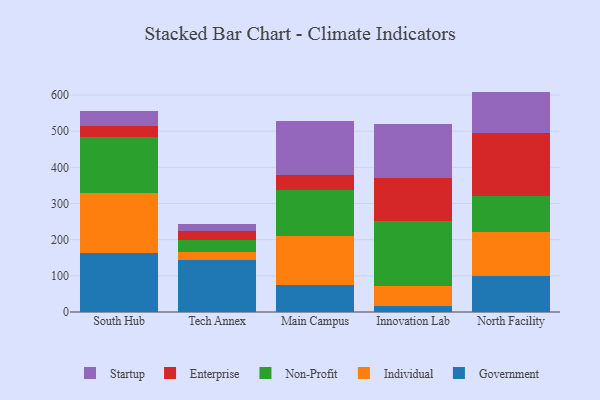
{"axis": {"x": "Campus", "y": "Conversion Rate (%)"}, "legend": ["Enterprise", "Government", "Individual", "Non-Profit", "Startup"], "data": [{"x": "South Hub", "y": 162.5, "type": "Government"}, {"x": "South Hub", "y": 166.4, "type": "Individual"}, {"x": "South Hub", "y": 156.3, "type": "Non-Profit"}, {"x": "South Hub", "y": 29.9, "type": "Enterprise"}, {"x": "South Hub", "y": 41.4, "type": "Startup"}, {"x": "Tech Annex", "y": 142.8, "type": "Government"}, {"x": "Tech Annex", "y": 22.3, "type": "Individual"}, {"x": "Tech Annex", "y": 35.2, "type": "Non-Profit"}, {"x": "Tech Annex", "y": 22.6, "type": "Enterprise"}, {"x": "Tech Annex", "y": 20.9, "type": "Startup"}, {"x": "Main Campus", "y": 74.1, "type": "Government"}, {"x": "Main Campus", "y": 136.2, "type": "Individual"}, {"x": "Main Campus", "y": 127.7, "type": "Non-Profit"}, {"x": "Main Campus", "y": 40.6, "type": "Enterprise"}, {"x": "Main Campus", "y": 149.8, "type": "Startup"}, {"x": "Innovation Lab", "y": 15.6, "type": "Government"}, {"x": "Innovation Lab", "y": 56.9, "type": "Individual"}, {"x": "Innovation Lab", "y": 178.7, "type": "Non-Profit"}, {"x": "Innovation Lab", "y": 119.6, "type": "Enterprise"}, {"x": "Innovation Lab", "y": 148.5, "type": "Startup"}, {"x": "North Facility", "y": 99.9, "type": "Government"}, {"x": "North Facility", "y": 122.4, "type": "Individual"}, {"x": "North Facility", "y": 99.4, "type": "Non-Profit"}, {"x": "North Facility", "y": 174.6, "type": "Enterprise"}, {"x": "North Facility", "y": 113.1, "type": "Startup"}]}